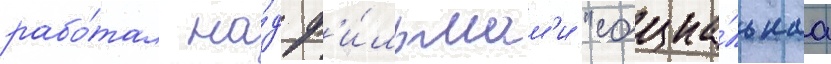
рабо́тал на́д ф'и́льмам'и "социа́льнаа